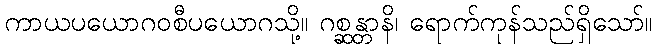
ကာယပယောဂဝစီပယောဂသို့။ ဂစ္ဆန္တာနိ၊ ရောက်ကုန်သည်ရှိသော်။